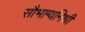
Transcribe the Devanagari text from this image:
सौभाग्यनिधी